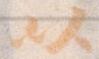
以